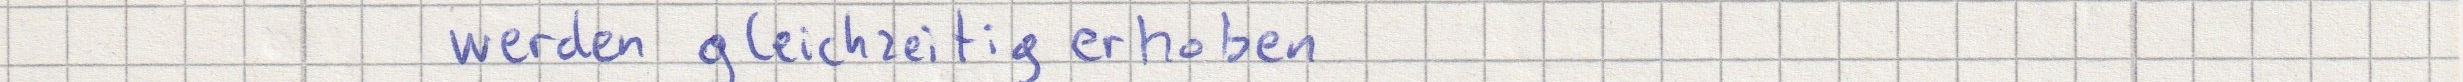
werden gleichzeitig erhoben